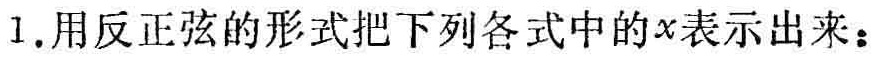
1.用反正弦的形式把下列各式中的\(x\)表示出来：